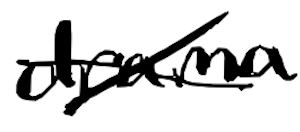
Text: drama
Cross-out: cross
Writing tool: digital_black